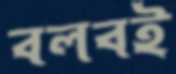
বলবই